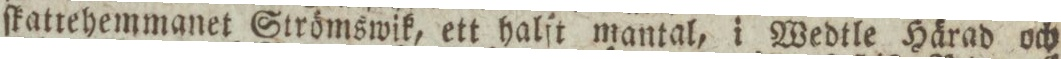
ſkattehemmanet Strömswik, ett halft mantal, i Wedtle Härad och